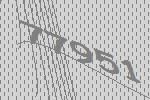
77951